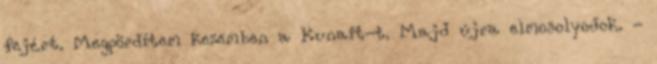
fejért. Megpördítem kezemben a Kunait-t. Majd újra elmosolyodok. -